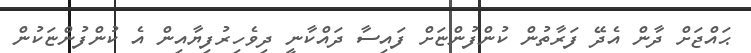
ޙައްޖަށް ދާން އެދޭ ފަރާތުން ކުންފުންޏަށް ފައިސާ ދައްކާނީ ދިވެހިރުފިޔާއިން އެ ކުންފުންޏަކުން